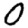
Digit: 0